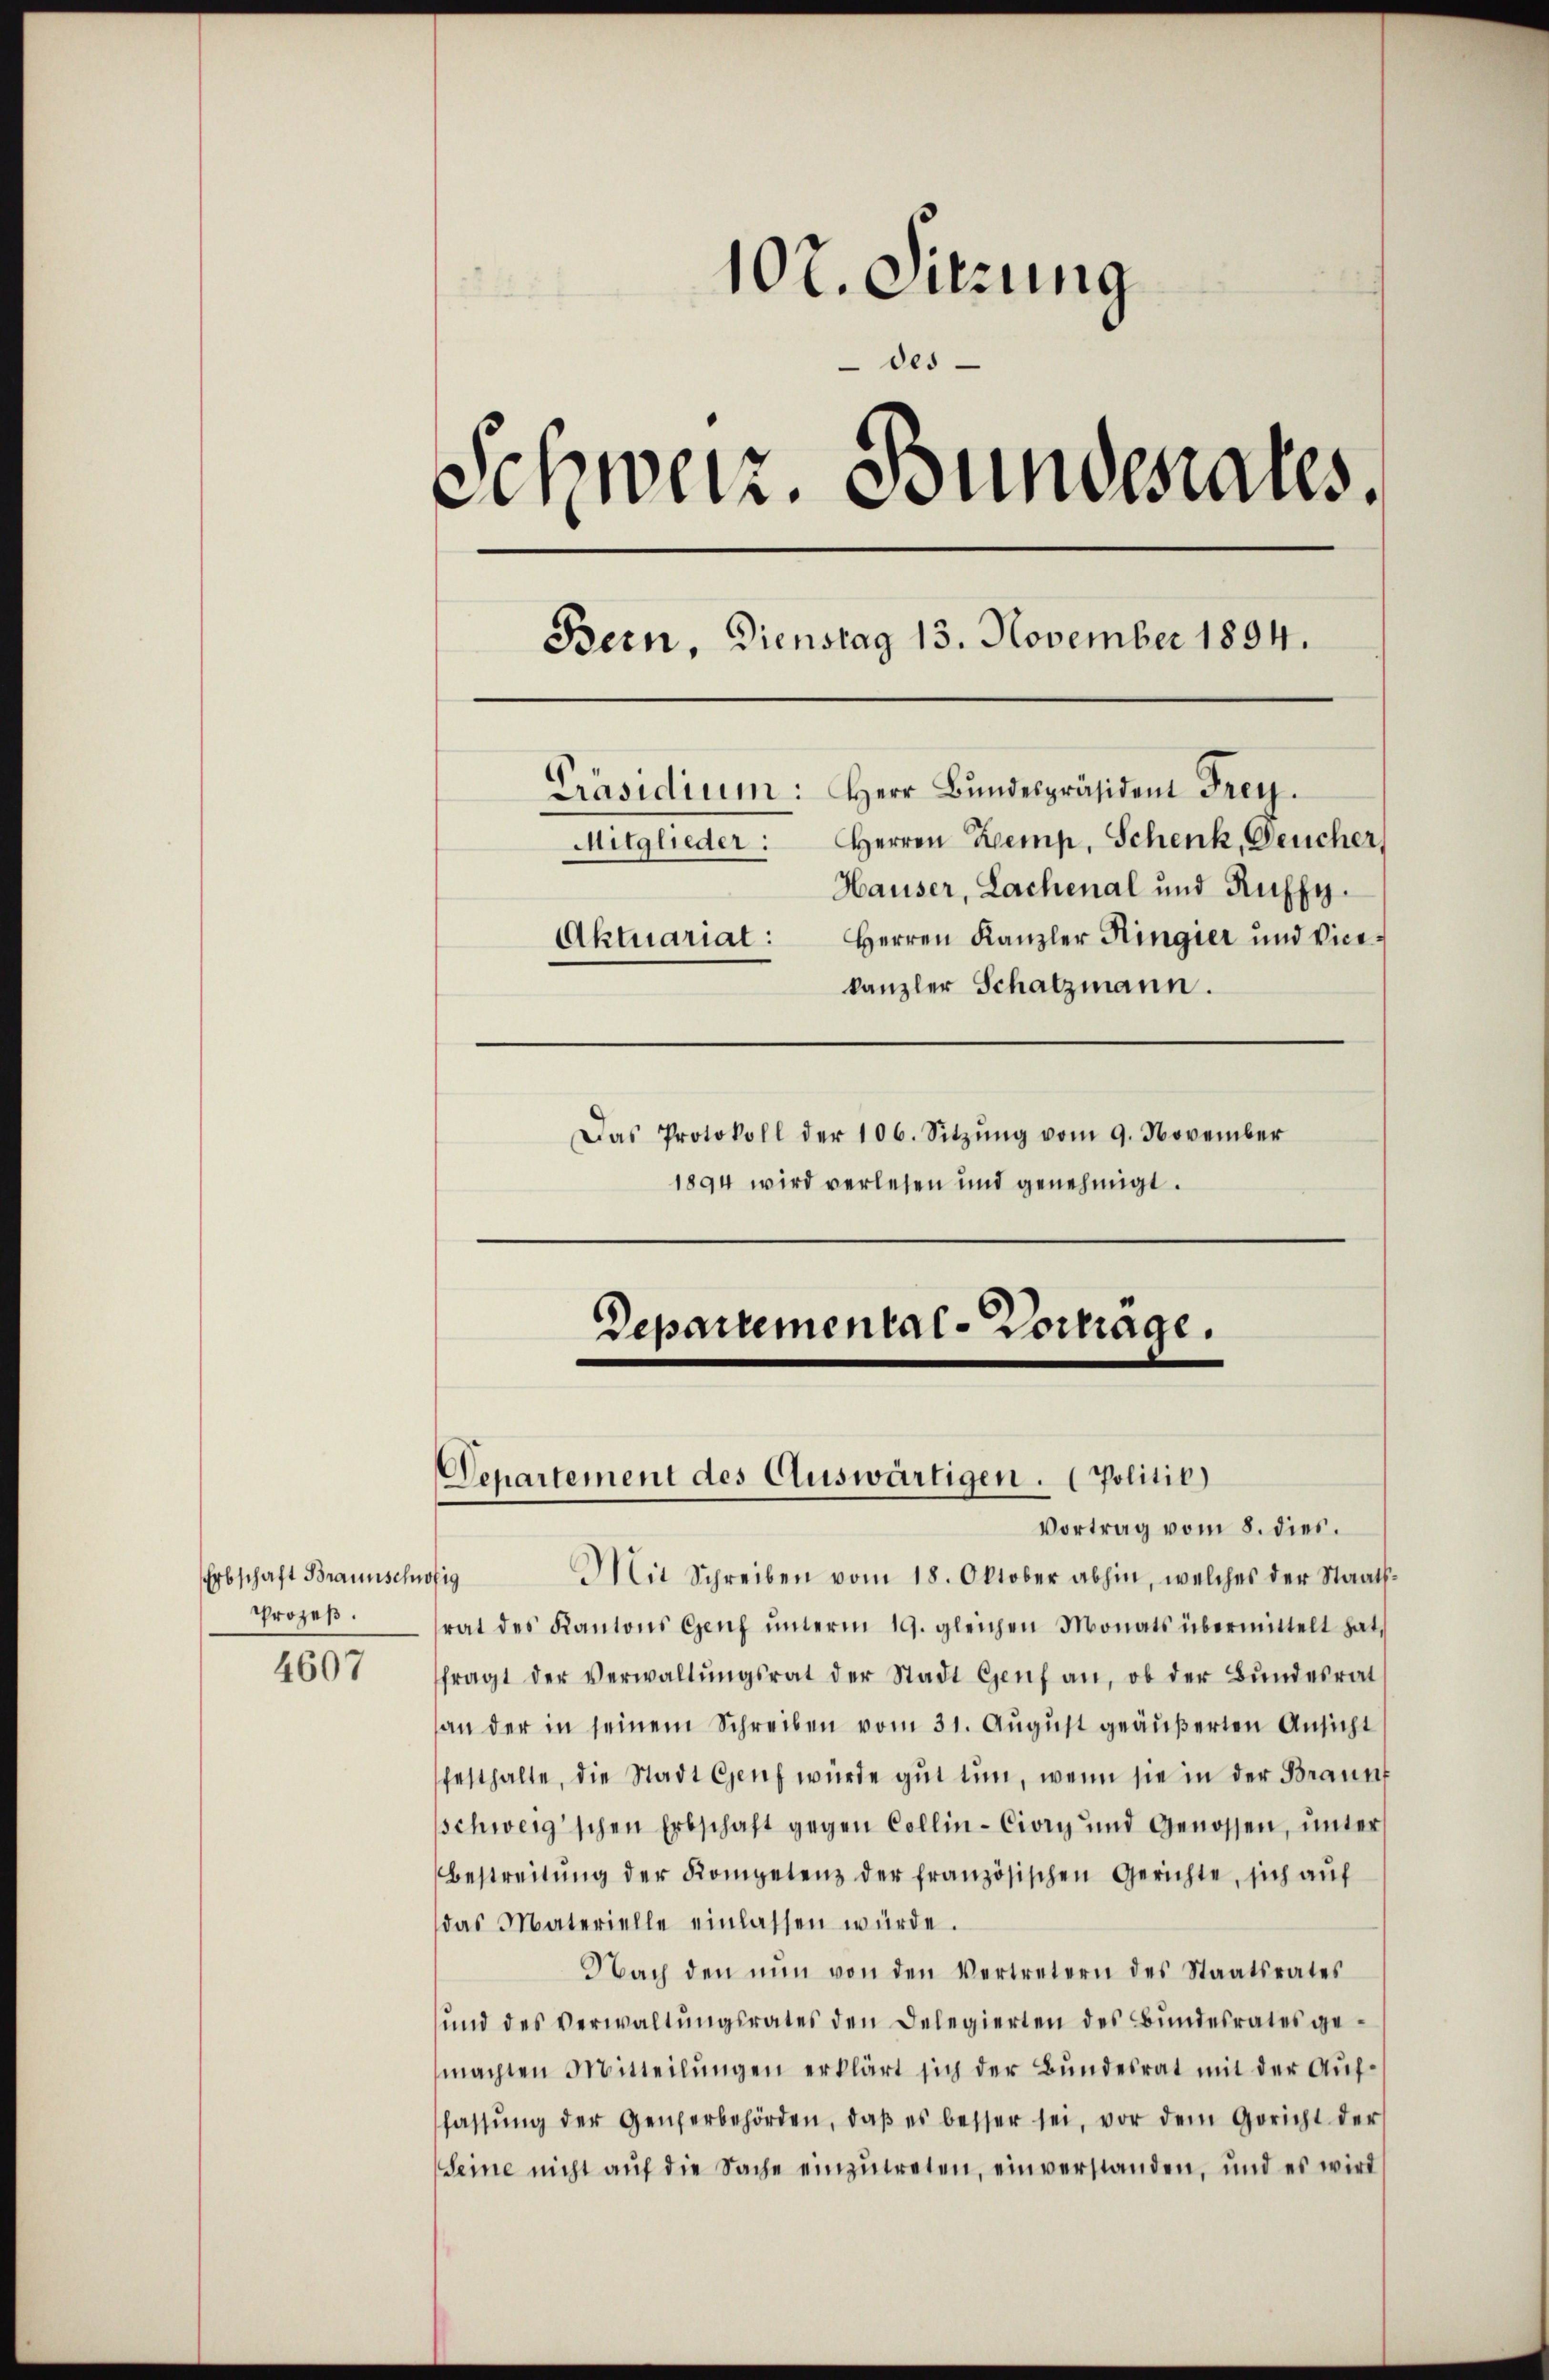
Erbschaft Braunschweig
Prozeß.
4607

10t. Sitzung
des
Schweiz. Bundesrates.
Bern, Dienstag 13. November 1894.
Präsidium: Herr Bŭndespräsident Frey.
Mitglieder: Herren Kemp, Schenk, Deucher,
Hauser, Lachenal und Ruffy.
Herren Kanzler Ringier und Vice¬
Aktuariat:
kanzler Schatzmann.
Das Protokoll der 106. Sitzung vom 9. November

1894 wird verlesen und genehmigt.

Departemental-Vortrage.
Departement des Auswärtigen. (Politik)
Vortrag vom 8. dies.

Mit Schreiben vom 18. Oktober abhin, welches der Staats-
rat des Kantons Genf ŭnterm 19. gleichen Monats übermittelt hat,
fragt der Verwaltŭngsrat der Stadt Genf an, ob der Bŭndesrat
an der in seinem Schreiben vom 31. August geäußerten Ansicht
festhalte, die Stadt Genf würde gut tun, wenn sie in der Brannt
schweig'schen Erbschaft gegen Collin-Civry und Genossen, unter
Bestreitŭng der Kompetenz der französischen Gerichte, sich aŭf
das Materielle einlassen würde.
Nach den nŭn von den Vertretern des Staatsrates
ŭnd des Verwaltŭngsrates den Delegierten des Bŭndesrates gemachten Mitteilŭngen erklärt sich der Bundesrat mit der Auffassŭng der Generbehörden, daβ es besser sei, vor dem Gericht der
Seine nicht aŭf die Sache einzŭtreten, einverstanden, und es wird